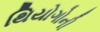
થિયોગોની